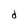
Character: d